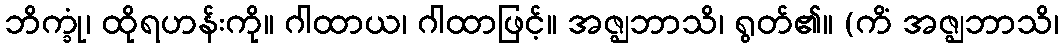
ဘိက္ခုံ၊ ထိုရဟန်းကို။ ဂါထာယ၊ ဂါထာဖြင့်။ အဇ္ဈဘာသိ၊ ရွတ်၏။ (ကိံ အဇ္ဈဘာသိ၊